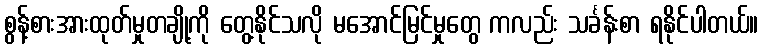
စွန့်စားအားထုတ်မှုတချို့ကို တွေ့နိုင်သလို မအောင်မြင်မှုတွေ ကလည်း သင်္ခန်းစာ ရနိုင်ပါတယ်။